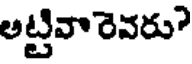
అట్టివా రెవరు?